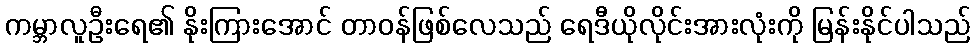
ကမ္ဘာလူဦးရေ၏ နိုးကြားအောင် တာဝန်ဖြစ်လေသည် ရေဒီယိုလိုင်းအားလုံးကို မြန်းနိုင်ပါသည်